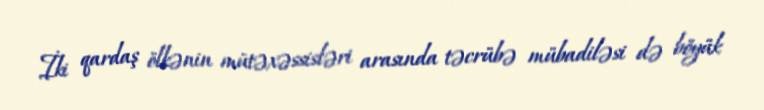
İki qardaş ölkənin mütəxəssisləri arasında təcrübə mübadiləsi də böyük